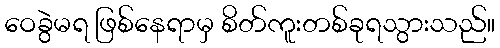
ဝေခွဲမရ ဖြစ်နေရာမှ စိတ်ကူးတစ်ခုရသွားသည်။